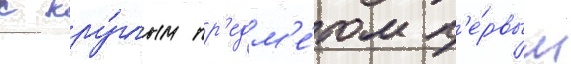
с кру́глым пр'едм'е́том п'е́рвым